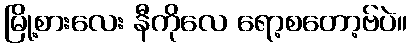
မြို့စားလေး နီကိုလေ ရော့စတော့ဗ်ပဲ။